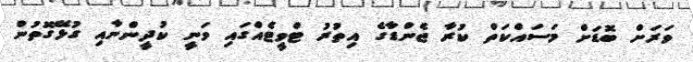
ވަރަށް ބޮޑަށް މަސައްކަތް ކުރާ ޖެންޑާގެ އިތުރު ޓްވީޓެއްގައި ވަނީ ކުދީންނާއި ގުޅޭގޮތުން